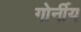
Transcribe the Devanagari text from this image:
गोर्नीय